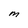
Character: M